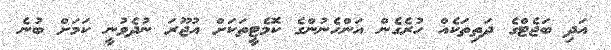
އަދި ބަޖެޓްގެ ދަތިތަކެއް ހުރެގެން އަންހެނުންގެ ކޮމެޓީތަކަށް އުޖޫރަ ނުދެވުނީ ކަމަށް ބުނެ